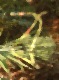
ব